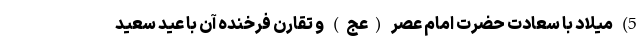
5) میلاد با سعادت حضرت امام عصر (عج) و تقارن فرخنده آن با عید سعید